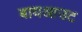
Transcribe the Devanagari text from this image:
बायआउट